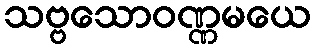
သဗ္ဗသောဝဏ္ဏမယေ